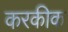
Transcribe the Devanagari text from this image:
करकीक